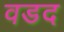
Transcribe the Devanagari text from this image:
वडद